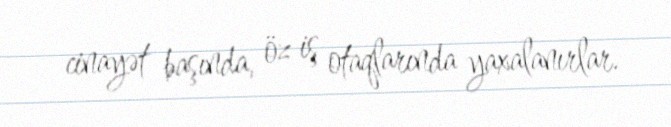
cinayət başında, öz iş otaqlarında yaxalanırlar.